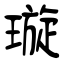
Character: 璇